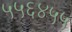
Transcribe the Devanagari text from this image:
५५६४५५